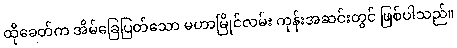
ထိုခေတ်က အိမ်ခြေပြတ်သော မဟာမြိုင်လမ်း ကုန်းအဆင်းတွင် ဖြစ်ပါသည်။